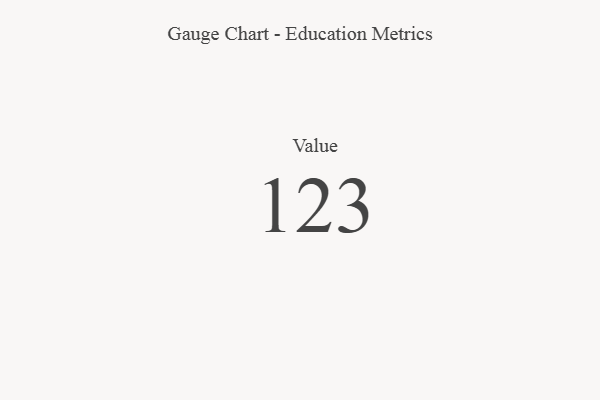
{"axis": {"x": "Metric", "y": "Value"}, "legend": [""], "data": [{"x": "Value", "y": 123, "type": ""}]}